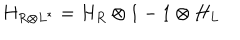
H _ { R \otimes L ^ { * } } = H _ { R } \otimes 1 - 1 \otimes H _ { L }